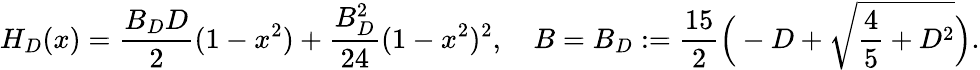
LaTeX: H_{D}(x)=\frac{B_{D}D}{2}(1-x^{2})+\frac{B_{D}^{2}}{24}(1-x^{2})^{2},\quad B=B_{D}:=\frac{15}{2}\Big(-D+\sqrt{\frac 45+D^{2}}\Big).